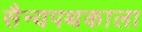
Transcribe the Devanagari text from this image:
सैन्यपथकाला